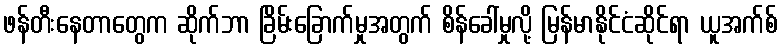
ဖန်တီးနေတာတွေက ဆိုက်ဘာ ခြိမ်းခြောက်မှုအတွက် စိန်ခေါ်မှုလို့ မြန်မာနိုင်ငံဆိုင်ရာ ယူအက်စ်